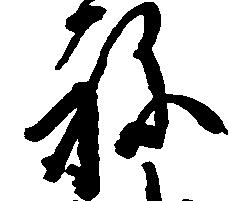
ね